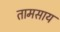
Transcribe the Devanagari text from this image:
तामसाय